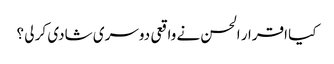
کیا اقرار الحسن نے واقعی دوسری شادی کر لی ؟